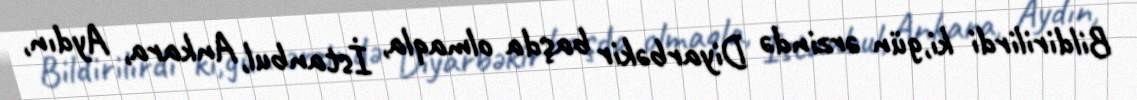
Bildirilirdi ki,gün ərzində Diyarbəkir başda olmaqla, İstanbul, Ankara, Aydın,